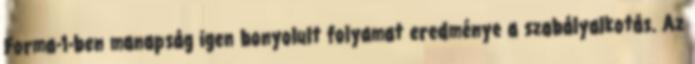
Forma-1-ben manapság igen bonyolult folyamat eredménye a szabályalkotás. Az